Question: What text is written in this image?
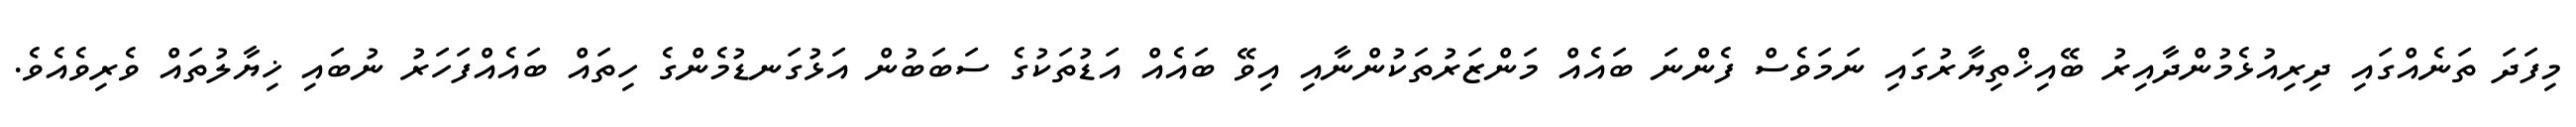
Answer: މިފަދަ ތަނެއްގައި ދިރިއުޅެމުންދާއިރު ބޭއިޚްތިޔާރުގައި ނަމަވެސް ފެންނަ ބައެއް މަންޒަރުތަކުންނާއި އިވޭ ބައެއް އަޑުތަކުގެ ސަބަބުން އަޅުގަނޑުމެންގެ ހިތައް ބައެއްފަހަރު ނުބައި ޚިޔާލުތައް ވެރިވެއެވެ.